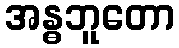
အန္ဓဘူတော